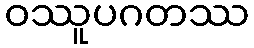
ဝဿူပဂတဿ